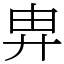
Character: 𢍁